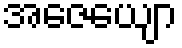
အဇေယျော